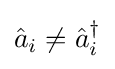
{\hat {a}}_{i}\neq {\hat {a}}_{i}^{\dagger }